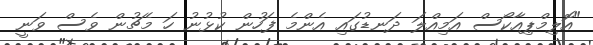
"އޮލިމްޕިއާކޯސް އަމިއްލަ ދަނޑުގައި އެންމެ ފަހުން ކުޅުނު ހަ މެޗުން ވެސް ވަނީ